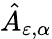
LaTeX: \hat{A}_{\varepsilon,\alpha}